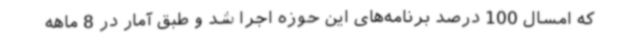
که امسال 100 درصد برنامه‌های این حوزه اجرا شد و طبق آمار در 8 ماهه